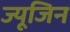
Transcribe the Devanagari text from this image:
ज्यूजिन